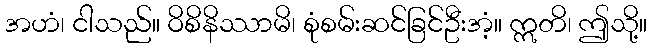
အဟံ၊ ငါသည်။ ဝိစိနိဿာမိ၊ စုံစမ်းဆင်ခြင်ဦးအံ့။ ဣတိ၊ ဤသို့။